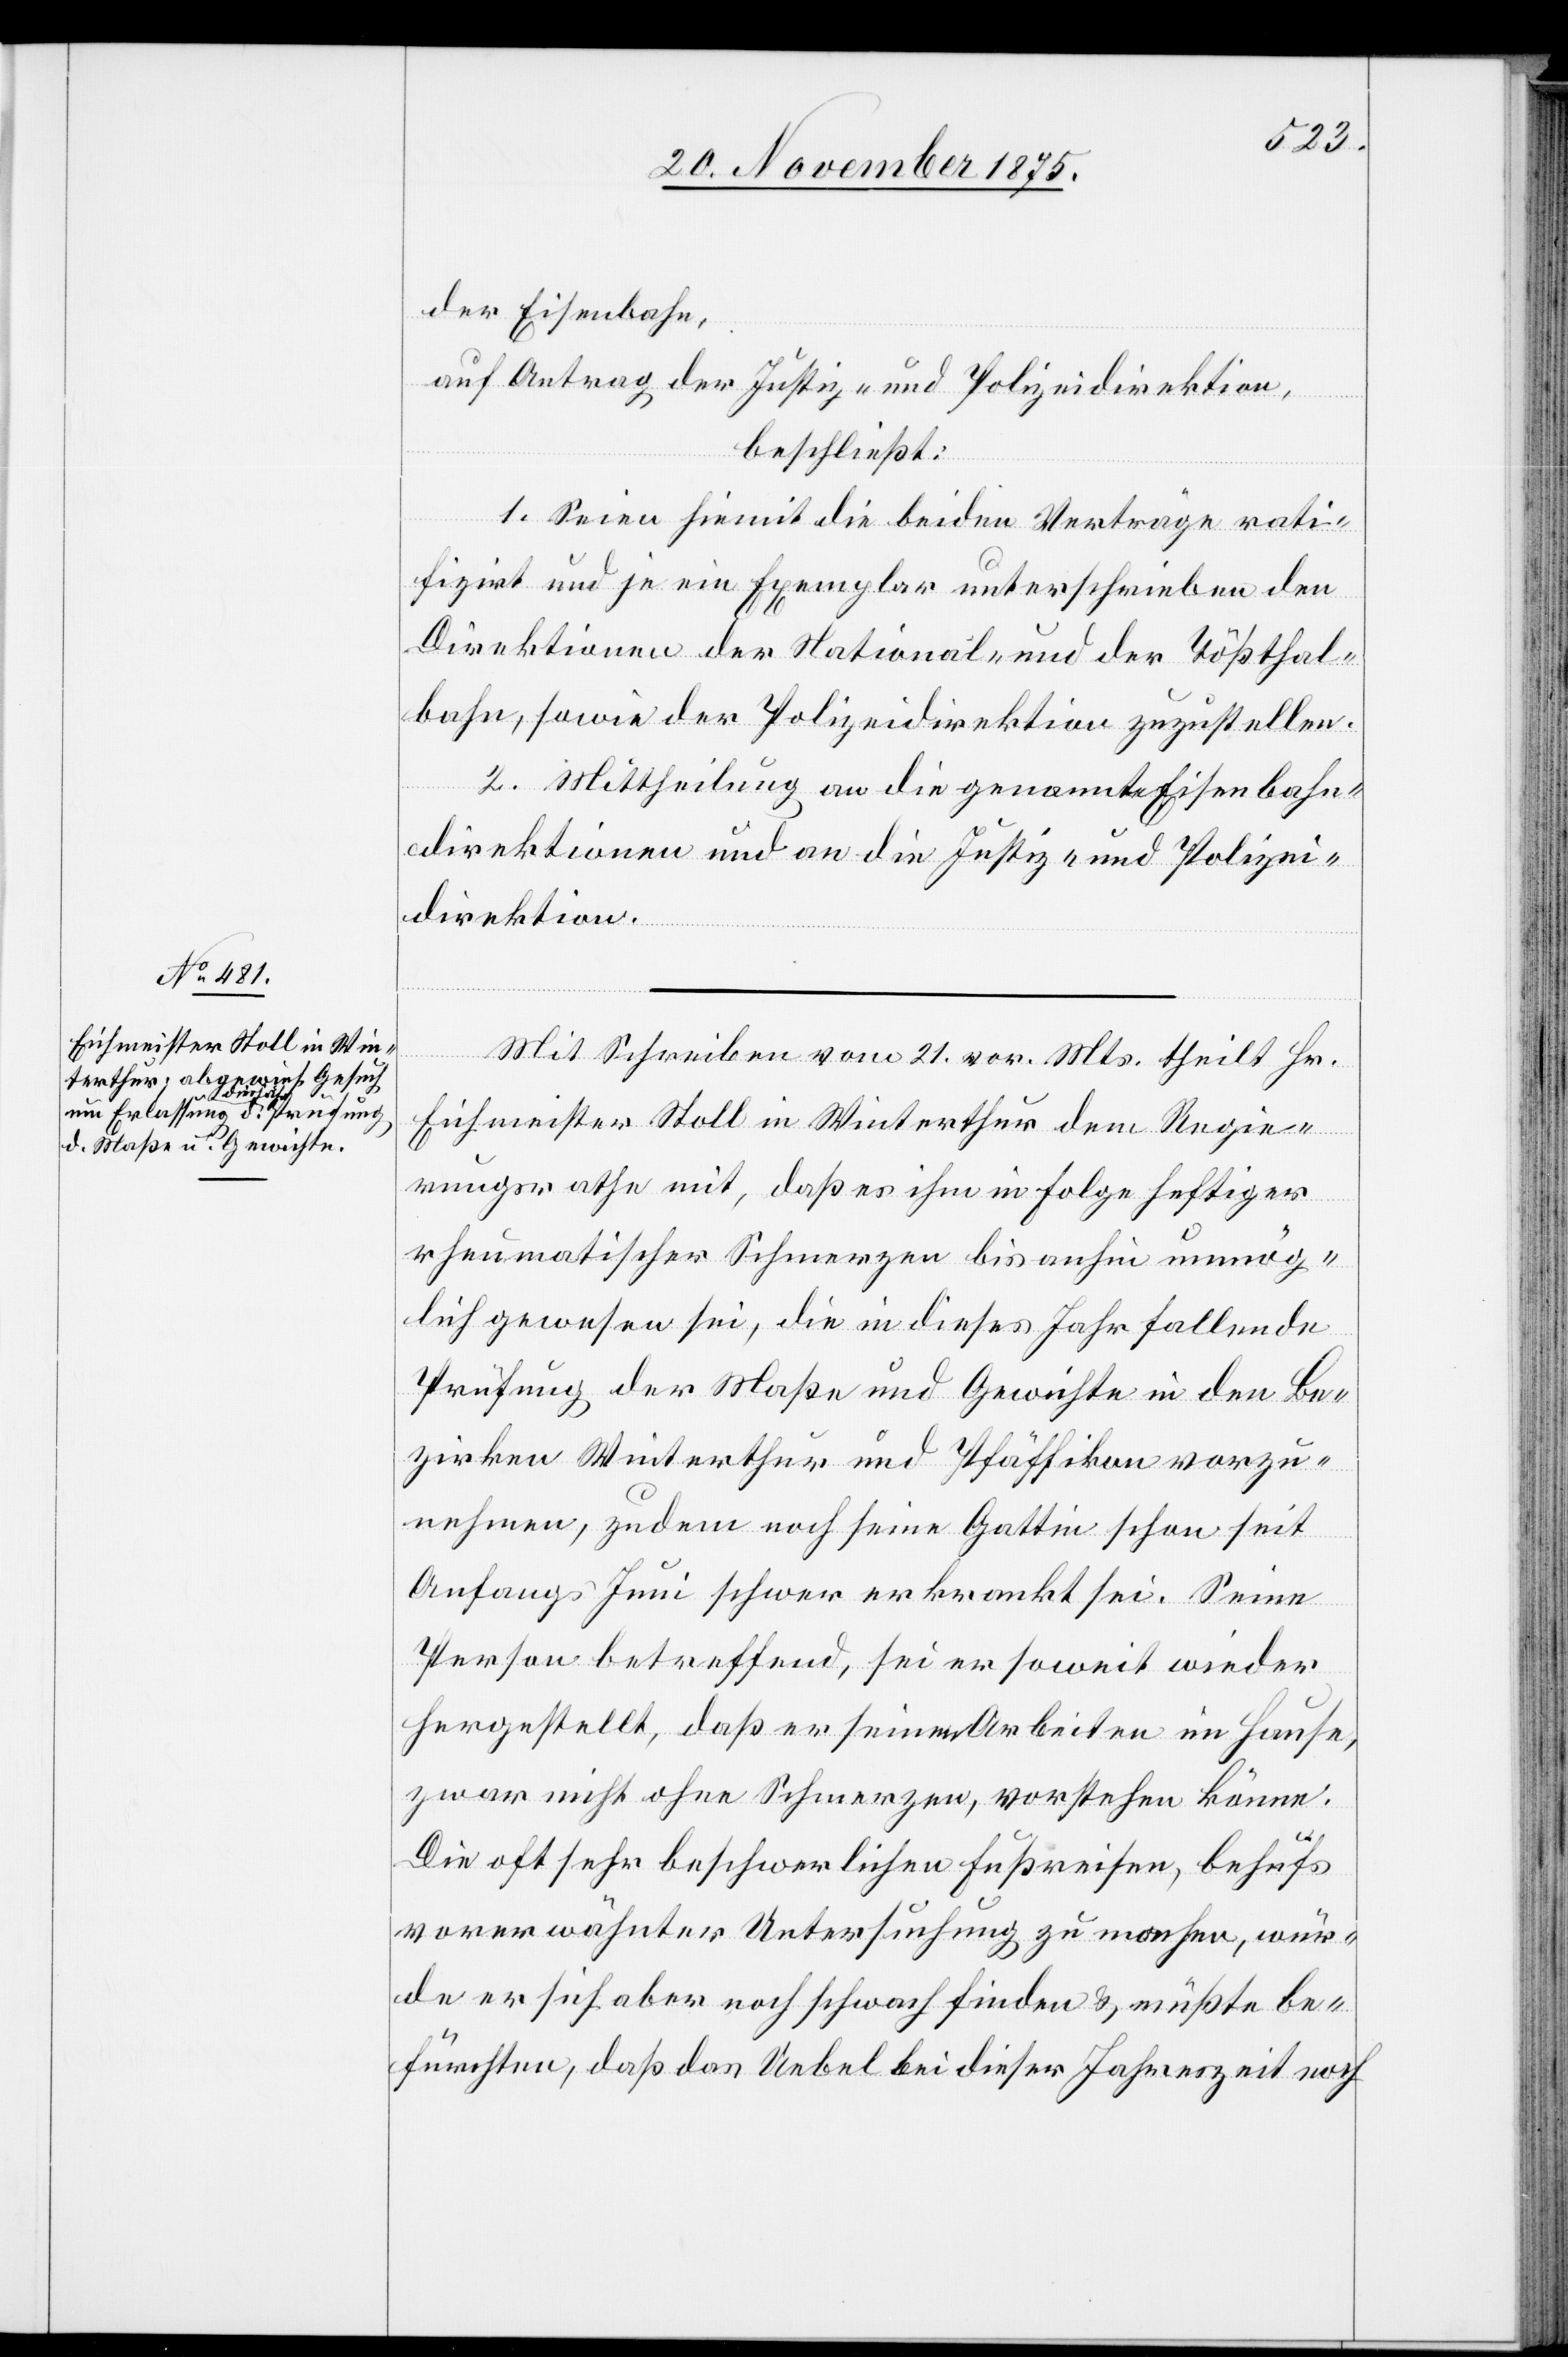
der Eisenbahn,
auf Antrag der Justiz- und Polizeidirektion,
beschließt:
1. Seien hiemit die beiden Verträge rati¬
fizirt und je ein Exemplar unterschrieben den
Direktionen der National- und der Tößthal¬
bahn, sowie der Polizeidirektion zuzustellen.
2. Mittheilung an die genannte[n] Eisenbahn¬
direktionen und an die Justiz- und Polizei¬
direktion.
Mit Schreiben vom 21. vor. Mts, theilt Hr.
Eichmeister Stoll in Winterthur dem Regie¬
rungsrathe mit, daß es ihm in Folge heftiger
rheumatischer Schmerzen bis anhin unmög¬
lich gewesen sei, die in dieses Jahr fallende
Prüfung der Maße und Gewichte in den Be¬
zirken Winterthur und Pfäffikon vorzu¬
nehmen, zudem noch seine Gattin schon seit
Anfangs Juni schwer erkrankt sei. Seine
Person betreffend, sei er soweit wieder
hergestellt, daß er seinen Arbeiten im Hause,
zwar nicht ohne Schmerzen, vorstehen könne.
Die oft sehr beschwerlichen Fußreisen, behufs
vorerwähnter Untersuchung zu machen, wür¬
de er sich aber noch [zu] schwach finden & müßte be¬
fürchten, daß das Uebel bei dieser Jahreszeit noch